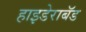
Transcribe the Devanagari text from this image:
हाइडेराबॅड